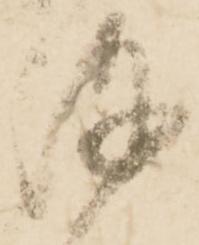
陣